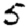
Digit: 5